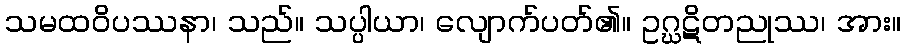
သမထဝိပဿနာ၊ သည်။ သပ္ပါယာ၊ လျောက်ပတ်၏။ ဥဂ္ဃဋိတညုဿ၊ အား။